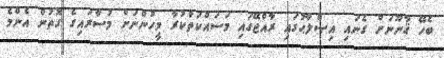
ބެހޭ ޤާނޫނަށް ގެނައި އިޞްލާޙުގައި ރާއްޖޭގައި މަސައްކަތްކުރާ މީހުންނަށް މުސާރައިގެ ގޮތުން އެންމެ